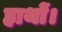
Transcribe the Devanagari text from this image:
हाथों।